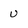
Character: v